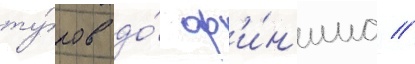
ту́ров до́ ф'и́н'иша //